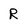
Character: R